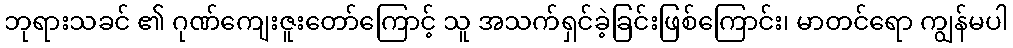
ဘုရားသခင် ၏ ဂုဏ်ကျေးဇူးတော်ကြောင့် သူ အသက်ရှင်ခဲ့ခြင်းဖြစ်ကြောင်း၊ မာတင်ရော ကျွန်မပါ